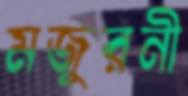
মজুরনী